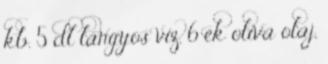
kb. 5 dl langyos víz, 6 ek olíva olaj,